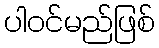
ပါဝင်မည်ဖြစ်